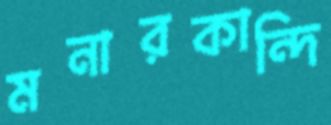
মনারকান্দি